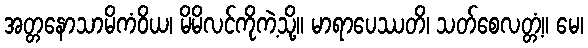
အတ္တနောသာမိကံဝိယ၊ မိမိလင်ကိုကဲ့သို့။ မာရာပေဿတိ၊ သတ်စေလတ္တံ့။ မေ၊